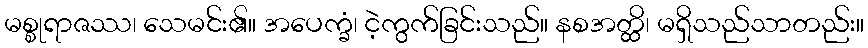
မစ္စုရာဇဿ၊ သေမင်း၏။ အပေက္ခံ၊ ငဲ့ကွက်ခြင်းသည်။ နစအတ္ထိ၊ မရှိသည်သာတည်း။